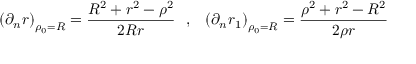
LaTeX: \left( \partial _ { n } r \right) _ { \rho _ { 0 } = R } = { \frac { R ^ { 2 } + r ^ { 2 } - \rho ^ { 2 } } { 2 R r } } ~ ~ , ~ ~ \left( \partial _ { n } r _ { 1 } \right) _ { \rho _ { 0 } = R } = { \frac { \rho ^ { 2 } + r ^ { 2 } - R ^ { 2 } } { 2 \rho r } }